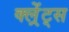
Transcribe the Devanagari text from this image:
क्ल्रेंट्स